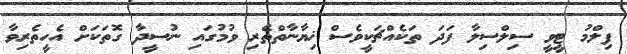
ފިލްމު ޓީވީ ސިލްސިލާ ފަދަ ތަކެއްޗަކީވެސް ޚިޔާނާތްތެރި ވުމުގައި ނުސީދާ ގޮތަކަށް އެހީތެރިވާ